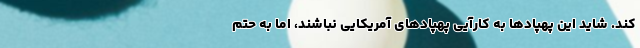
کند. شاید این پهپادها به کارآیی پهپادهای آمریکایی نباشند، اما به حتم